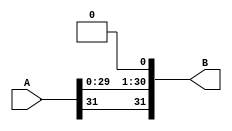
module arithmetic_left(
    input [31:0] A,
    output [31:0] B
    );
    genvar i;
    assign B[0]=0;
    generate for(i=1;i<31;i=i+1) begin
        assign B[i]=A[i-1];
    end
    endgenerate
    assign B[31]=A[31];
endmodule